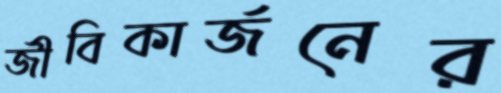
জীবিকার্জনের